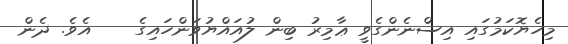
މިހެޔޮކަމުގައި އިސްނެންގެވީ ޢާމިރު ބިން ލުއައްޔުވަންހައިގެ    އެވެ. ދެން